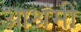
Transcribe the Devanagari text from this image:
आश्रमीं